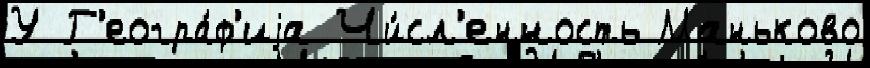
У Г'еогра́ф'иjа Чи́сл'енность Маньково